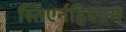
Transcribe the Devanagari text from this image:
स्तिएर्नहिएल्म